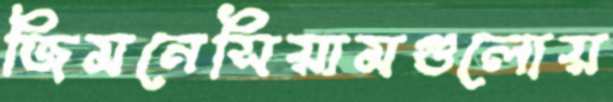
জিমনেসিয়ামগুলোয়